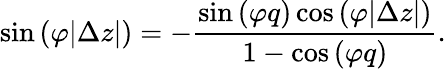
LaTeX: \sin{(\varphi|\Delta z|)}=-\frac{\sin{(\varphi q)}\cos{(\varphi|\Delta z|)}}{1-\cos{(\varphi q)}}.